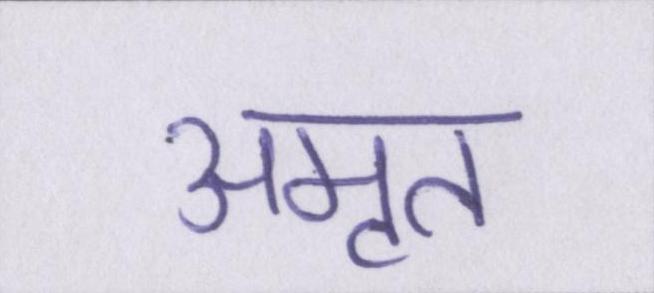
अमृत